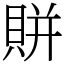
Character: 賆